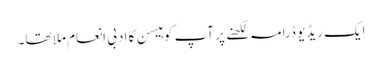
ایک ریڈیو ڈرامہ لکھنے پر آپ کو ہیسن کا ادبی انعام ملا تھا۔